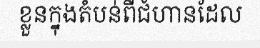
ខ្លួនក្នុងតំបន់ពីជំហានដែល